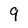
Character: 9